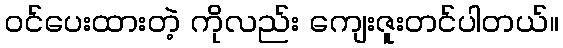
ဝင်ပေးထားတဲ့ ကိုလည်း ကျေးဇူးတင်ပါတယ်။